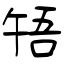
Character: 啎